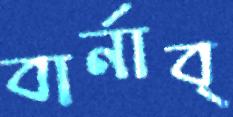
বার্নাব্